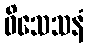
ဝိသေသနံ